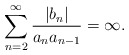
\begin{align*} \sum_{n=2}^\infty \frac{|b_n|}{a_na_{n-1}} = \infty. \end{align*}